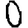
Digit: 0